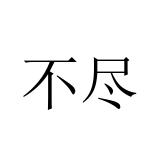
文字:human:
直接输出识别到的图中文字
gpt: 不尽